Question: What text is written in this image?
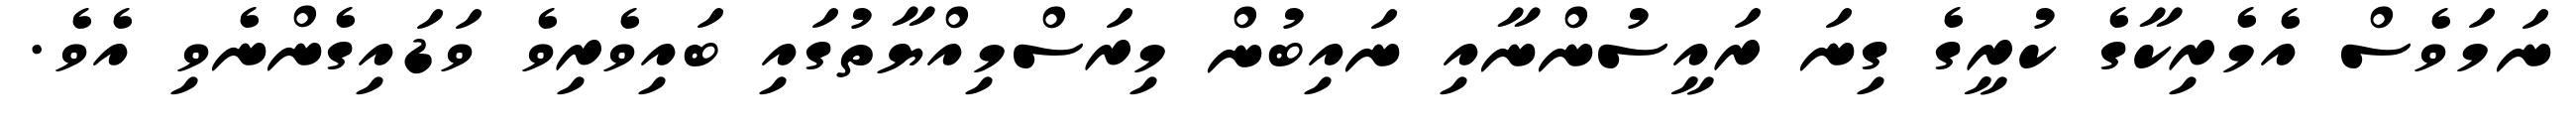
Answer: ނަމަވެސް އެމެރިކާގެ ކުރީގެ ގިނަ ރައީސުންނާއި ނައިބުން މިރަސްމިއްޔާތުގައި ބައިވެރިވެ ވަޑައިގެންނެވި އެވެ.